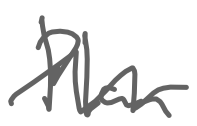
Text: Plan
Cross-out: mix
Writing tool: digital_gray